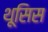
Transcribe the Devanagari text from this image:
थूसिस